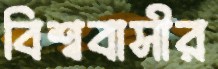
বিশ্ববাসীর